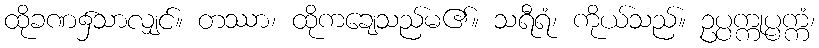
ထိုခဏ၌သာလျှင်။ တဿာ၊ ထိုကချေသည်မ၏။ သရီရံ၊ ကိုယ်သည်။ ဥပ္ပက္ကုပ္ပက္ကံ၊